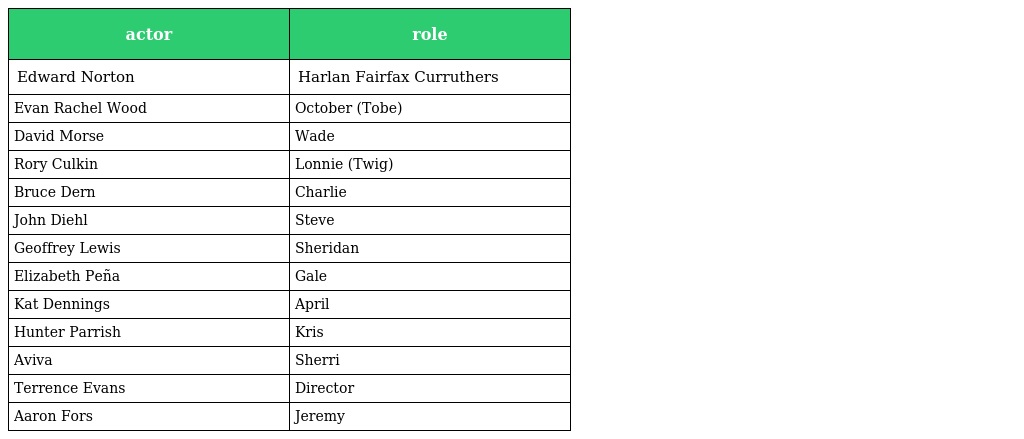
| actor | role |
 | --- | --- |
 | Edward Norton | Harlan Fairfax Curruthers |
 | Evan Rachel Wood | October (Tobe) |
 | David Morse | Wade |
 | Rory Culkin | Lonnie (Twig) |
 | Bruce Dern | Charlie |
 | John Diehl | Steve |
 | Geoffrey Lewis | Sheridan |
 | Elizabeth Peña | Gale |
 | Kat Dennings | April |
 | Hunter Parrish | Kris |
 | Aviva | Sherri |
 | Terrence Evans | Director |
 | Aaron Fors | Jeremy |